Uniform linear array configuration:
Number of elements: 16
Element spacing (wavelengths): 1
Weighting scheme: kaiser
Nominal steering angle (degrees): -15
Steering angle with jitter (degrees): -14.544
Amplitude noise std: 0.05
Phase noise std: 0.05

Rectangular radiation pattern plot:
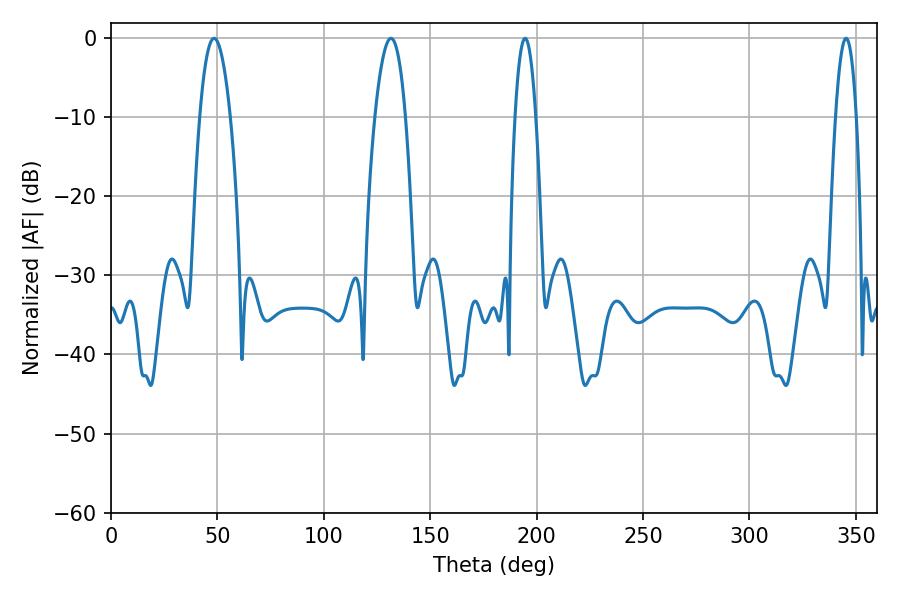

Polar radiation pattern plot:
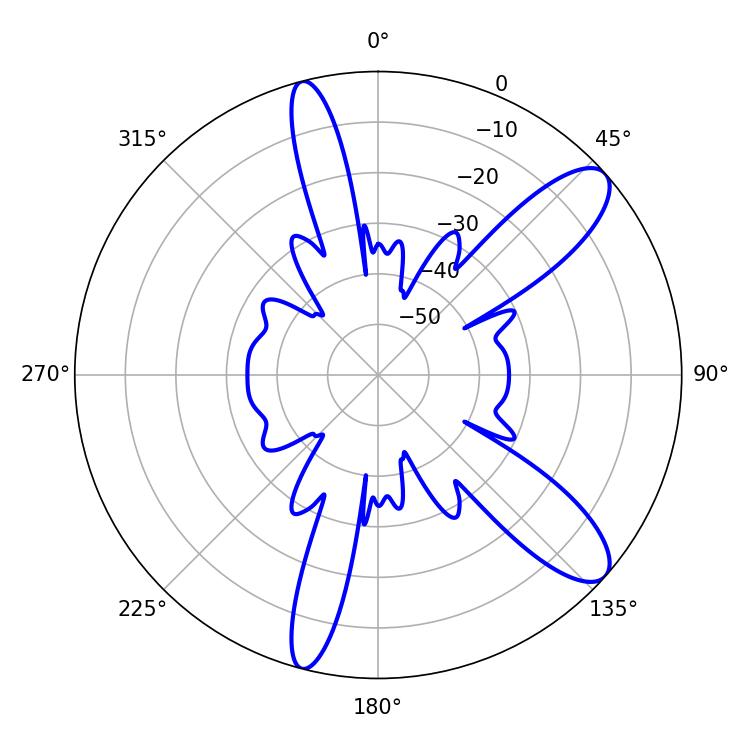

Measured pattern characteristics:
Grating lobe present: TRUE
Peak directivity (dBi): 10.663
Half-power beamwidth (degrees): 5.4
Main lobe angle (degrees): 194.58